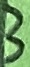
Text: 3